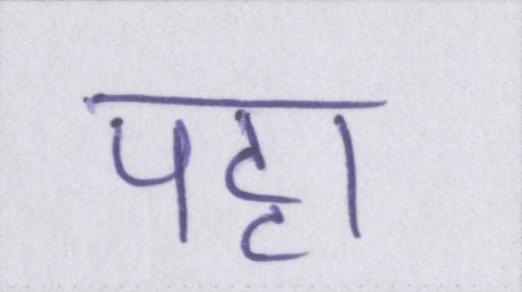
पट्टा